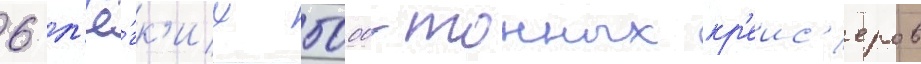
6 л'ё́гк'их 5000-тонных кр'еис'еров